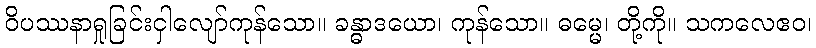
ဝိပဿနာရှုခြင်းငှါလျော်ကုန်သော။ ခန္ဓာဒယော၊ ကုန်သော။ ဓမ္မေ၊ တို့ကို။ သကလေဧဝ၊